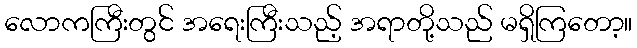
လောကကြီးတွင် အရေးကြီးသည့် အရာတို့သည် မရှိကြတော့။